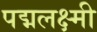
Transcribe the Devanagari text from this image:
पद्मलक्ष्मी